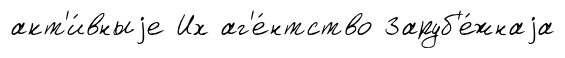
акт'и́вныjе Их аг'е́нтство Заруб'е́жнаjа